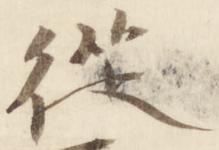
従